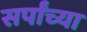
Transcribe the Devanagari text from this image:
सर्पांच्या